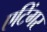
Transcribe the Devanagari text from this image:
एटिंगर